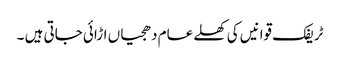
ٹریفک قوانیں کی کھلے عام دھجیاں اڑائی جاتی ہیں ۔